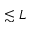
\lesssim L